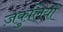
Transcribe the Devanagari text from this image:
ज़कुलियो